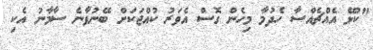
"ކުޅޭ އެއްޗެއްސާ ހެދުމާ މިހެން ގޮސް އެވަރު ކުއްޖަކަށް ބޭނުވާނެ ސާމާނު އެކި